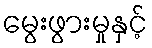
မွေးဖွားမှုနှင့်